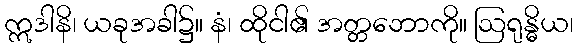
ဣဒါနိ၊ ယခုအခါ၌။ နံ၊ ထိုငါ၏ အတ္တဘောကို။ ဩရုန္ဓိယ၊